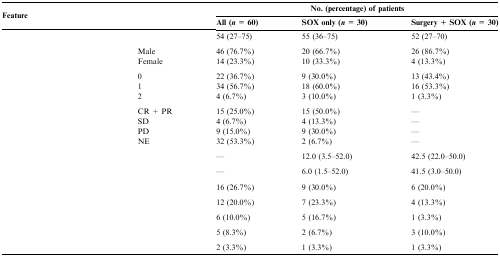
<table><thead><tr><td colspan="2" rowspan="2"><b>Feature</b></td><td colspan="3"><b>No. (percentage) of patients</b></td></tr><tr><td><b>All (<i>n</i> = 60)</b></td><td><b>SOX only (<i>n</i> = 30)</b></td><td><b>Surgery + SOX (<i>n</i> = 30)</b></td></tr></thead><tbody><tr><td colspan="2">[EMPTY_CELL]</td><td>54 (27–75)</td><td>55 (36–75)</td><td>52 (27–70)</td></tr><tr><td colspan="5">[EMPTY_CELL]</td></tr><tr><td>[EMPTY_CELL]</td><td>Male</td><td>46 (76.7%)</td><td>20 (66.7%)</td><td>26 (86.7%)</td></tr><tr><td>[EMPTY_CELL]</td><td>Female</td><td>14 (23.3%)</td><td>10 (33.3%)</td><td>4 (13.3%)</td></tr><tr><td colspan="5">[EMPTY_CELL]</td></tr><tr><td>[EMPTY_CELL]</td><td>0</td><td>22 (36.7%)</td><td>9 (30.0%)</td><td>13 (43.4%)</td></tr><tr><td>[EMPTY_CELL]</td><td>1</td><td>34 (56.7%)</td><td>18 (60.0%)</td><td>16 (53.3%)</td></tr><tr><td>[EMPTY_CELL]</td><td>2</td><td>4 (6.7%)</td><td>3 (10.0%)</td><td>1 (3.3%)</td></tr><tr><td colspan="5">[EMPTY_CELL]</td></tr><tr><td>[EMPTY_CELL]</td><td>CR + PR</td><td>15 (25.0%)</td><td>15 (50.0%)</td><td>—</td></tr><tr><td>[EMPTY_CELL]</td><td>SD</td><td>4 (6.7%)</td><td>4 (13.3%)</td><td>—</td></tr><tr><td>[EMPTY_CELL]</td><td>PD</td><td>9 (15.0%)</td><td>9 (30.0%)</td><td>—</td></tr><tr><td>[EMPTY_CELL]</td><td>NE</td><td>32 (53.3%)</td><td>2 (6.7%)</td><td>—</td></tr><tr><td colspan="5">[EMPTY_CELL]</td></tr><tr><td colspan="2">[EMPTY_CELL]</td><td>—</td><td>12.0 (3.5–52.0)</td><td>42.5 (22.0–50.0)</td></tr><tr><td colspan="5">[EMPTY_CELL]</td></tr><tr><td colspan="2">[EMPTY_CELL]</td><td>—</td><td>6.0 (1.5–52.0)</td><td>41.5 (3.0–50.0)</td></tr><tr><td colspan="5">[EMPTY_CELL]</td></tr><tr><td colspan="2">[EMPTY_CELL]</td><td>16 (26.7%)</td><td>9 (30.0%)</td><td>6 (20.0%)</td></tr><tr><td colspan="5">[EMPTY_CELL]</td></tr><tr><td colspan="2">[EMPTY_CELL]</td><td>12 (20.0%)</td><td>7 (23.3%)</td><td>4 (13.3%)</td></tr><tr><td colspan="5">[EMPTY_CELL]</td></tr><tr><td colspan="2">[EMPTY_CELL]</td><td>6 (10.0%)</td><td>5 (16.7%)</td><td>1 (3.3%)</td></tr><tr><td colspan="5">[EMPTY_CELL]</td></tr><tr><td colspan="2">[EMPTY_CELL]</td><td>5 (8.3%)</td><td>2 (6.7%)</td><td>3 (10.0%)</td></tr><tr><td colspan="5">[EMPTY_CELL]</td></tr><tr><td colspan="2">[EMPTY_CELL]</td><td>2 (3.3%)</td><td>1 (3.3%)</td><td>1 (3.3%)</td></tr></tbody></table>